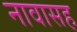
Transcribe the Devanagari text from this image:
नावासह